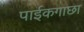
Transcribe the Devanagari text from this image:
पाईकगाछा